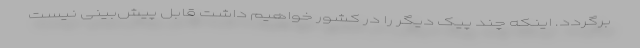
برگردد. اینکه چند پیک دیگر را در کشور خواهیم داشت قابل پیش‌بینی نیست